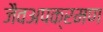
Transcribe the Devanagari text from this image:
जैवअपक्रमण